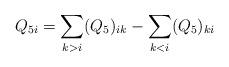
LaTeX: \begin{align*}Q_{5i}=\sum_{k>i}(Q_{5})_{ik}-\sum_{k<i}(Q_{5})_{ki}\end{align*}